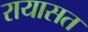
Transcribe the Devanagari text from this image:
रायासत